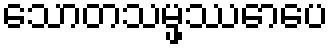
သောတသမ္ဖဿောပေ